Bombay plague: being a history of the progress of plague in the Bombay presidency from September 1896 to June 1899
Year: 1896
Disease focus: Plague
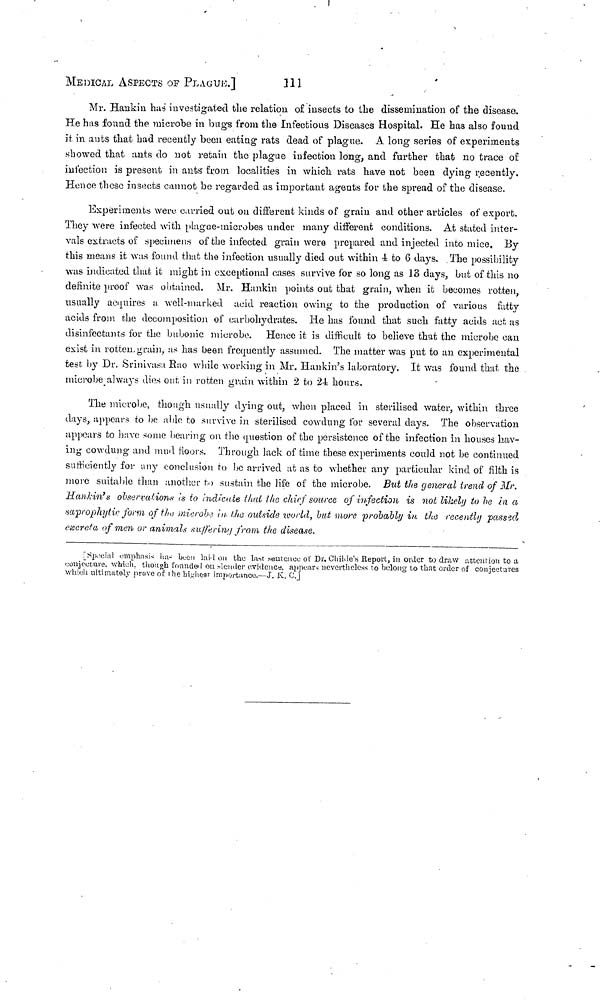
MEDICAL ASPECTS OF PLAGUE.]
111
Mr. Hankin has investigated the relation of insects to the dissemination of the disease.
He has found the microbe in bugs from the Infectious Diseases Hospital. He has also found
it, in auts that had recently been eating rats dead of plague. A long series of experiments
showed that ants do not retain the plague infection long, and further that no trace of
infection is present in ants from localities in which rats have not been dying recently.
Hence these insects cannot bo regarded as important agents for the spread of the disease.
Experiments were carried out on different kinds of grain and other articles of export.
They were infected with plague-microbes under many different conditions. At stated inter-
vals extracts of specimens of the infected grain were prepared and injected into mice. By
this means it was found that the infection usually died out within 4 to 6 days. The possibility
was indicated that it might in exceptional cases survive for so long as 13 days, but of this no
definite proof was obtained. Mr. Hankin points out that grain, when it becomes rotten,
usually acquires a well-marked acid reaction owing to the production of various fatty
acids from the decomposition of carbohydrates. He has found that such fatty acids act as
disinfectants for the bubonic microbe. Hence it is difficult to believe that the microbe can
exist in rotten grain, as has been frequently assumed. The matter was put to an experimental
test by Dr. Srinivasa Rao while working in Mr. Hankin's laboratory. It was found that the
microbe always dios out in rotten grain within 2 to 24 hours.
The microbe, though usually dying out, when placed in sterilised water, within three
days, appears to be able to survive in sterilised cowdung for several days. The observation
appears to have some bearing on the question of the persistence of the infection in houses hav-
ing cowdung and mud floors. Through lack of time these experiments could not be continued
sufficiently for any conclusion to be arrived at as to whether any particular kind of filth is
more suitable than another to sustain the life of the microbe. But the general trend of Mr.
Hankin'ti observations is to indicate that the chief source of infection is not likely to be in a
saprophytix form of the outside world, but more probably in the recently passed
excreta of men or anímals suffering from the disease.
[Special emphasis has been had on the last sentence of Dr. Childe's Report, in order to draw attention to a
conjecture, which, though founded on lender evidence, appears nevertheless to belong to that order of conjectures
which ultimately prove of the highest importance.—J. K. C.]